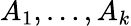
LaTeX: A_{1},\ldots,A_{k}